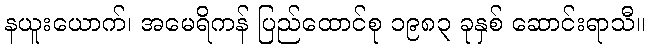
နယူးယောက်၊ အမေရိကန် ပြည်ထောင်စု ၁၉၈၃ ခုနှစ် ဆောင်းရာသီ။